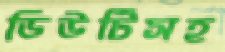
ডিউটিসহ